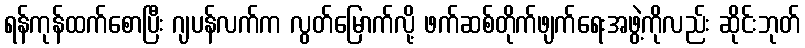
ရန်ကုန်ထက်စောပြီး ဂျပန်လက်က လွတ်မြောက်လို့ ဖက်ဆစ်တိုက်ဖျက်ရေးအဖွဲ့ကိုလည်း ဆိုင်းဘုတ်